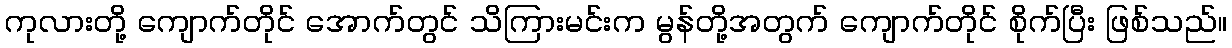
ကုလားတို့ ကျောက်တိုင် အောက်တွင် သိကြားမင်းက မွန်တို့အတွက် ကျောက်တိုင် စိုက်ပြီး ဖြစ်သည်။